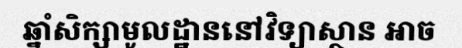
ឆ្នាំសិក្សាមូលដ្ឋាននៅវិទ្យាស្ថាន អាច